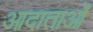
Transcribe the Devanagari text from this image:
आदाताओं